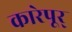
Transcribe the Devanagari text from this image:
कारेपूर्